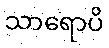
သာရောပိ